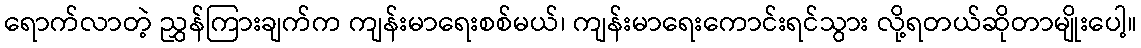
ရောက်လာတဲ့ ညွှန်ကြားချက်က ကျန်းမာရေးစစ်မယ်၊ ကျန်းမာရေးကောင်းရင်သွား လို့ရတယ်ဆိုတာမျိုးပေါ့။